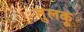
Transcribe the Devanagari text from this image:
तुलकू